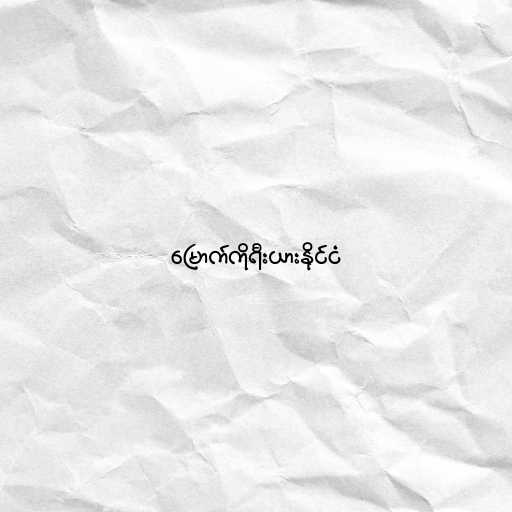
မြောက်ကိုရီးယားနိုင်ငံ